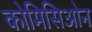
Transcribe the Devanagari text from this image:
कोमिसिओन